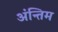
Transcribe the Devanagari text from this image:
अंन्‍तिम